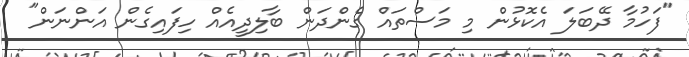
"ފަހުމާ ދޭބަލަ އެކޮޅުން މި މަސްތައް ގެންދަން ބާލިދީއެއް ހިފައިގެން އަންނަން"